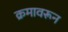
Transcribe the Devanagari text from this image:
क्रमावरून